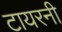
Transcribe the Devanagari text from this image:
टायरनी